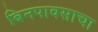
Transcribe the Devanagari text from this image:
बिनपावसाचा